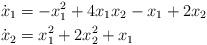
LaTeX: \begin{align*}\dot{x}_1 & = -x_1^2 + 4x_1x_2 -x_1 +2x_2 \\\dot{x}_2 & = x_1^2 +2x_2^2 + x_1\end{align*}